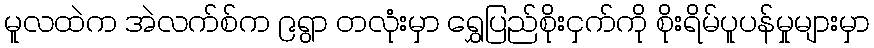
မူလထဲက အဲလက်စ်က ၉ရွာ တလုံးမှာ ရွှေပြည်စိုးငှက်ကို စိုးရိမ်ပူပန်မှုများမှာ